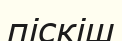
піскіш